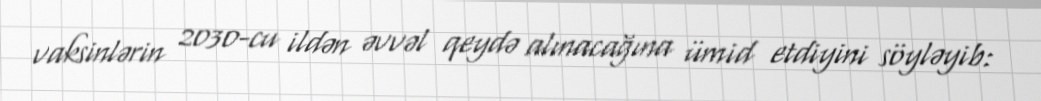
vaksinlərin 2030-cu ildən əvvəl qeydə alınacağına ümid etdiyini söyləyib: